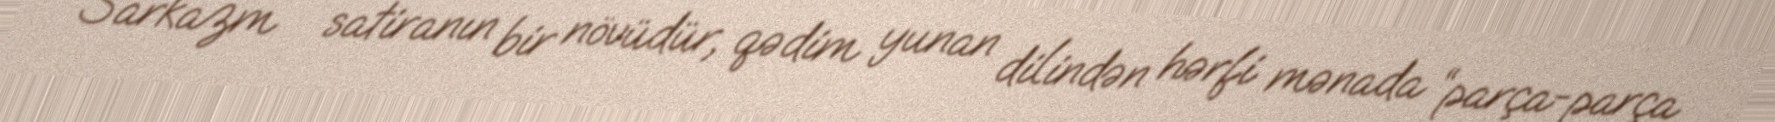
Sarkazm – satiranın bir növüdür, qədim yunan dilindən hərfi mənada “parça-parça